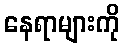
နေရာများကို